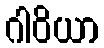
ဂါဝိယာ